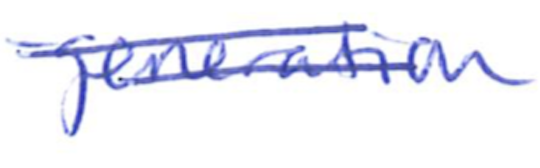
Text: generation
Cross-out: double-line
Writing tool: ballpoint